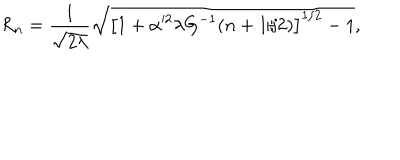
LaTeX: R _ { n } = \frac { 1 } { \sqrt { 2 \lambda } } \sqrt { \left[ 1 + \alpha ^ { 2 } \lambda G ^ { - 1 } ( n + 1 / 2 ) \right] ^ { 1 / 2 } - 1 } ,